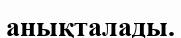
анықталады.